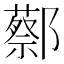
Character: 𬪝